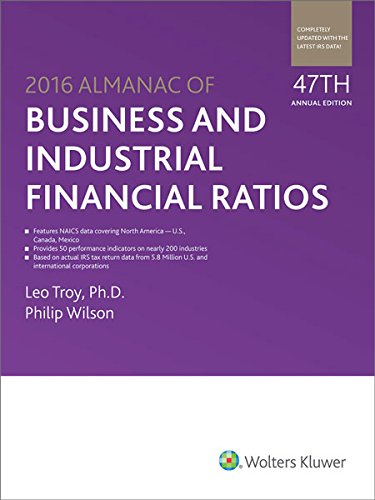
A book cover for Almanac of Business & Industrial Financial Ratios (2016) (Almanac of Business and Industrial Financial Ratios); Philip Wilson.; Business & Money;